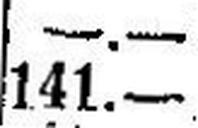
141.—